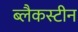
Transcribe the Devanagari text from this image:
ब्लैकस्टीन